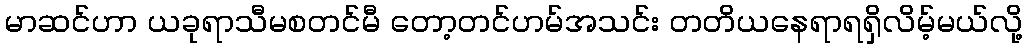
မာဆင်ဟာ ယခုရာသီမစတင်မီ တော့တင်ဟမ်အသင်း တတိယနေရာရရှိလိမ့်မယ်လို့